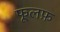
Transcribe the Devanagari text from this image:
फूलफ़